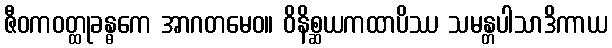
ဇီဝကဝတ္ထုခန္ဓကေ အာဂတမေဝ။ ဝိနိစ္ဆယကထာပိဿ သမန္တပါသာဒိကာယ